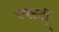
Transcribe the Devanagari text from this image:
स्वस्त्रीं